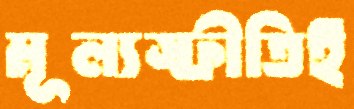
মূল্যস্ফীতিই